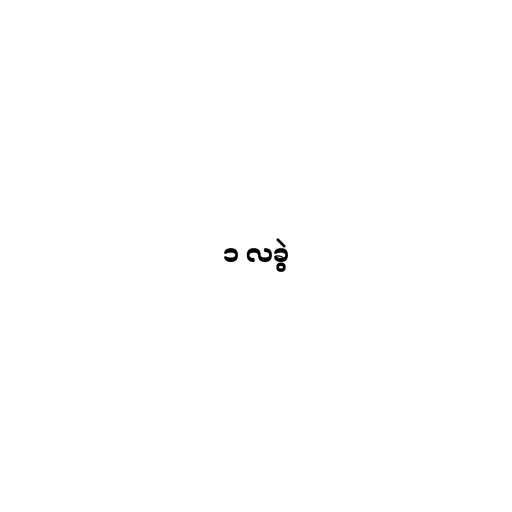
၁ လခွဲ